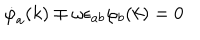
\dot { \varphi } _ { a } ( k ) \mp \omega \epsilon _ { a b } \varphi _ { b } ( k ) = 0